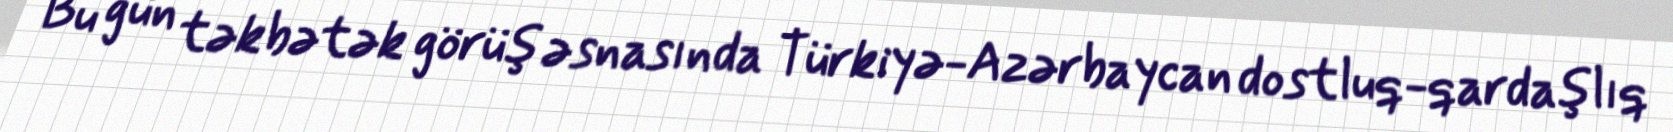
Bu gün təkbətək görüş əsnasında Türkiyə-Azərbaycan dostluq-qardaşlıq